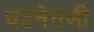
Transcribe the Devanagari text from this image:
घटनेतली